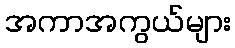
အကာအကွယ်များ